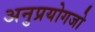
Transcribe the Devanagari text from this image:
अनुप्रयोगजो